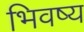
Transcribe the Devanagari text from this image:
भिवष्य